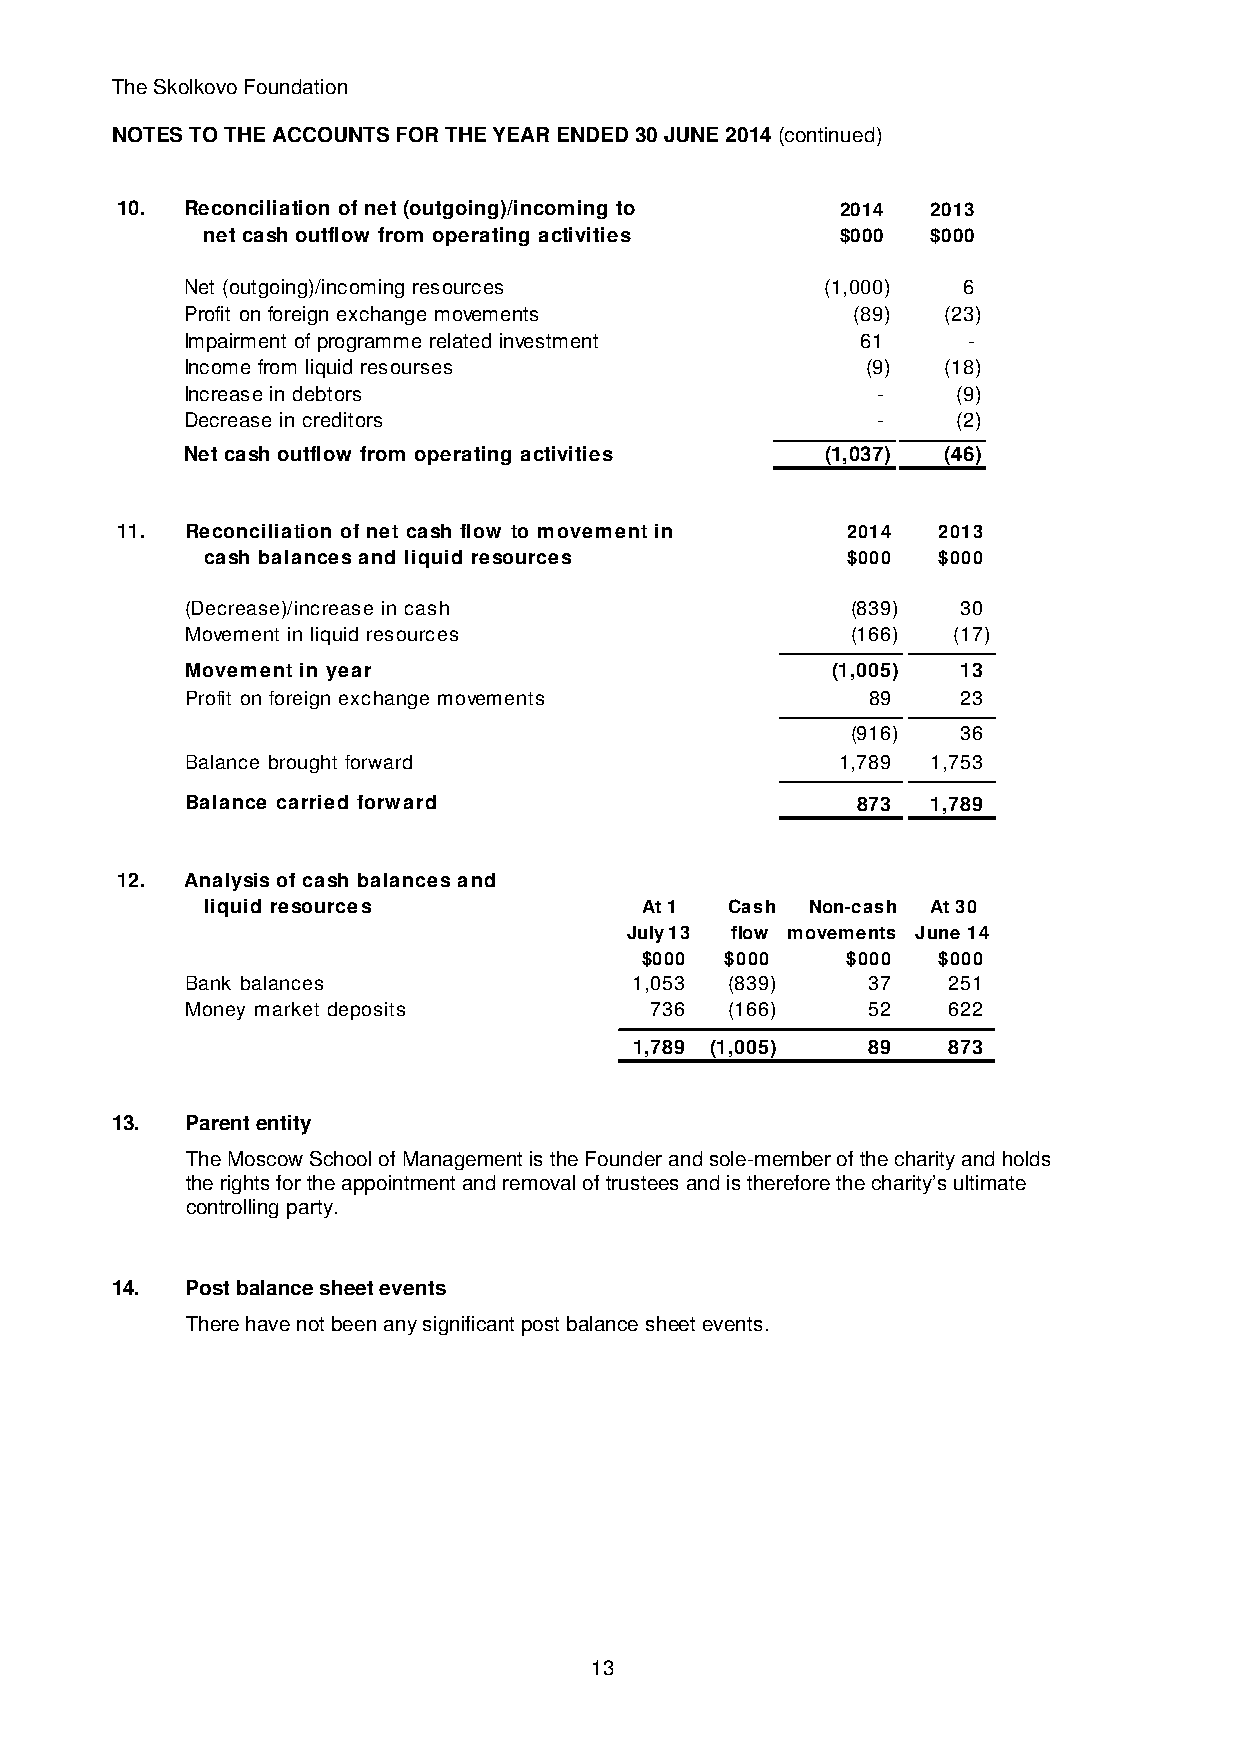
The Skolkovo Foundation
 NOTES TO THE ACCOUNTS FOR THE YEAR ENDED 30 JUNE 2014 (continued)
 10. Reconciliation of net (outgoing)/incoming to 2014 2013
 net cash outflow from operating activities $000  $000
 Net (outgoing)/incoming resources          (1,000)  6
 Profit on foreign exchange movements         (89)  (23)
 Impairment of programme related investment   61     -
 Income from liquid resourses                 (9)   (18)
 Increase in debtors                           -    ( 9)
 Decrease in creditors                         -    ( 2)
 Net cash outflow from operating activities ( 1,037) (46)
 11. Reconciliation of net cash flow to movement in 2014 2013
 cash balances and liquid resources        $000  $000
 (Decrease)/increase in cash                 ( 839)  30
 Movement in liquid resources                ( 166) (17)
 Movement in net cash balances and
 Movement in year                           (1,005)  13
 Profit on foreign exchange movements         89     23
 ( 916)  36
 Balance brought forward                     1,789 1,753
 Balance carried forward                      8 73 1,789
 12. Analysis of cash balances and
 liquid resources             At 1 Cash  Non-cash At 30
 July 13 flow movements June 14
 $000  $000    $000  $000
 Bank balances                 1,053 (839)    37    251
 Money market deposits          736  (166)    52    622
 1 ,789 ( 1,005) 89   873
 13.  Parent entity
 The Moscow School of Management is the Founder and sole-member of the charity and holds
 the rights for the appointment and removal of trustees and is therefore the charity’s ultimate
 controlling party.
 14.  Post balance sheet events
 There have not been any significant post balance sheet events.
 13